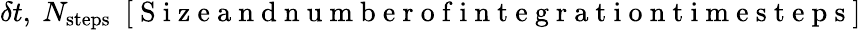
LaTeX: \delta t,~N_{\mathrm{steps}}~~[\mathrm{~S~i~z~e~a~n~d~n~u~m~b~e~r~o~f~i~n~t~e~g~r~a~t~i~o~n~t~i~m~e~s~t~e~p~s~}]